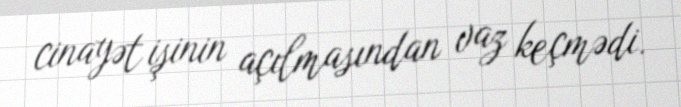
cinayət işinin açılmasından vaz keçmədi.